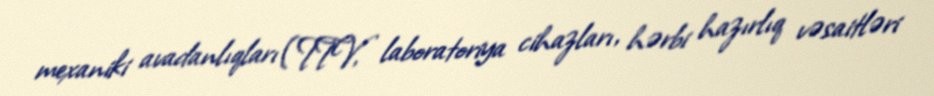
mexaniki avadanlıqları (TTV, laboratoriya cihazları, hərbi hazırlıq vəsaitləri